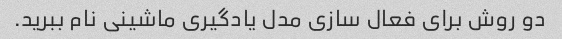
دو روش برای فعال سازی مدل یادگیری ماشینی نام ببرید.